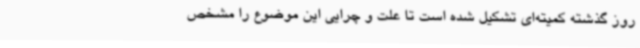
روز گذشته کمیته‌ای تشکیل شده است تا علت و چرایی این موضوع را مشخص